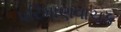
પરિમાણવાચક